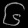
Digit: ၆